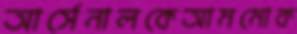
আর্সেনালকেআমমোক